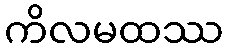
ကိလမထဿ